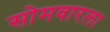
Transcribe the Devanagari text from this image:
सोमवारला